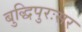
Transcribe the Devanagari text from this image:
बुद्धिपुरःसर